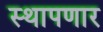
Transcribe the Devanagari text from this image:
स्थापणार